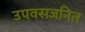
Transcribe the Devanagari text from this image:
उपवसजनित